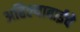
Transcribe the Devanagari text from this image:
अहिल्याबाईचे